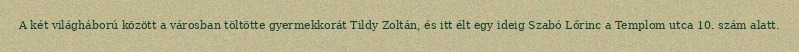
A két világháború között a városban töltötte gyermekkorát Tildy Zoltán, és itt élt egy ideig Szabó Lőrinc a Templom utca 10. szám alatt.